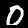
Label: 0